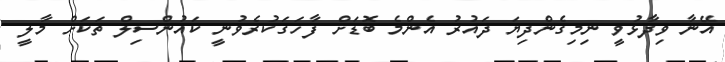
އޭނާ ވިދާޅުވީ ނިމިގެންދިޔަ ދައުރު އެންމެ ބޮޑަށް ފާހަގަކުރެވުނީ ކައުންސިލް ތަކަށް މާލީ